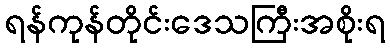
ရန်ကုန်တိုင်းဒေသကြီးအစိုးရ